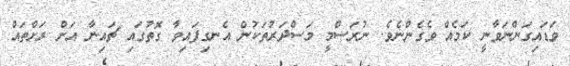
ވަޑައިގަންނަވާނީ ކަމެއް ވެގެންނެވެ. ނުރަސްމީ މަސްދަރުތަކުން އެނގިފައިވާ ގޮތުގައި ޗައިނާ އަށް ރަށްތައް